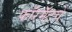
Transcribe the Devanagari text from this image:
फॉरमॅटचे